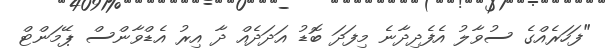
"ފަހަރެއްގެ ސުވާލު އެފެދިދާނެ މިފަދަ ބޮޑު އަދަދެއް ދާ އިރު އެޑްވާންސް ޕޭމަންޓް